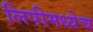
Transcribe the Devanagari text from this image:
लिपीमध्येच